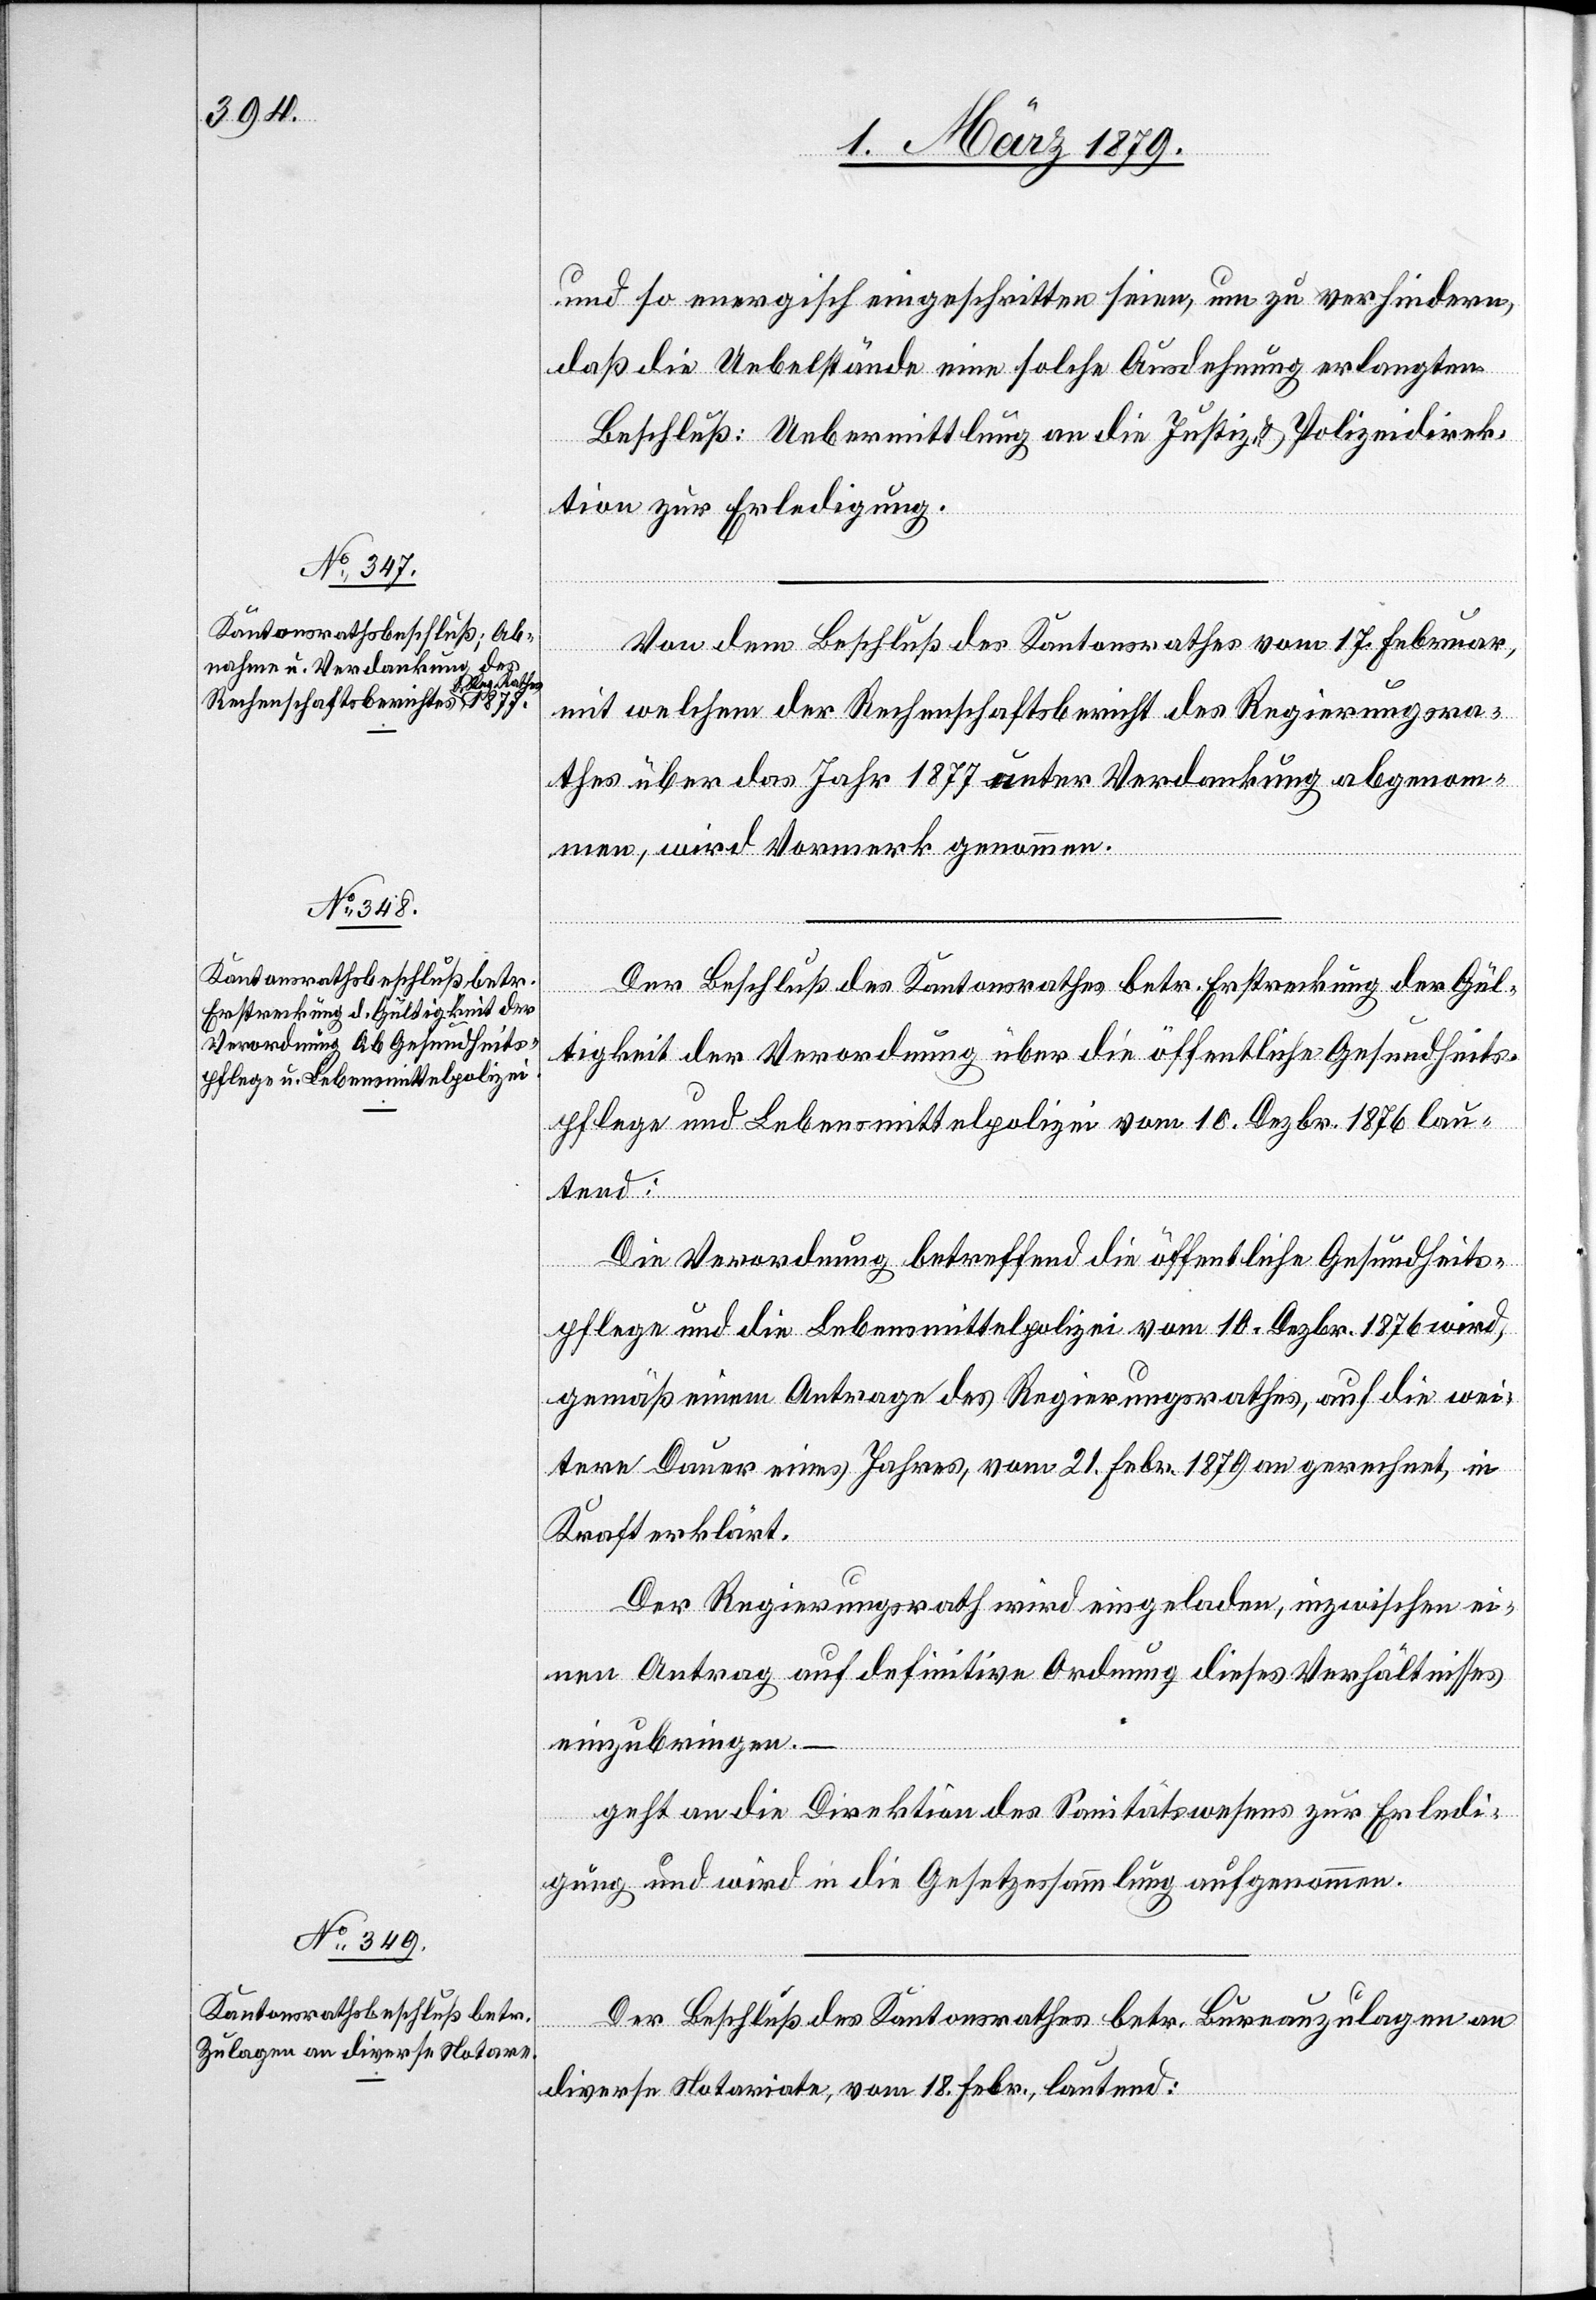
und so energisch eingeschritten seien [sic!], um zu verhindern,
daß die Uebelstände eine solche Ausdehnung erlangten.
Beschluß: Uebermittlung an die Justiz- & Polizeidirek¬
tion zur Erledigung.
Von dem Beschluß des Kantonsrathes vom 17. Februar,
mit welchem der Rechenschaftsbericht des Regierungsra¬
thes über das Jahr 1877 unter Verdankung abgenom¬
men, wird Vormerk genommen.
Der Beschluß des Kantonsrathes betr. Erstreckung der Gül¬
tigkeit der Verordnung über die öffentliche Gesundheits¬
pflege und Lebensmittelpolizei vom 10. Dezbr. 1876 lau¬
tend:
Die Verordnung betreffend die öffentliche Gesundheits¬
pflege und die Lebensmittelpolizei vom 10. Dezbr. 1876 wird,
gemäß einem Antrage des Regierungsrathes, auf die wei¬
tere Dauer eines Jahres, vom 21. Febr. 1879 an gerechnet, in
Kraft erklärt.
Der Regierungsrath wird eingeladen, inzwischen ei¬
nen Antrag auf definitive Ordnung dieses Verhältnisses
einzubringen.
geht an die Direktion des Sanitätswesens zur Erledi¬
gung und wird in die Gesetzessammlung aufgenommen.
Der Beschluß des Kantonsrathes betr. Bureauzulagen an
diverse Notariate, vom 18. Febr., lautend: